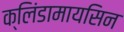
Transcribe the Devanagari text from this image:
क्लिंडामायसिन